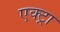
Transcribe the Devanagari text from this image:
एक्ट्रा